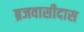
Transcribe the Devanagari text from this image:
ब्रजवासीदास